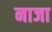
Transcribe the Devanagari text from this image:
नाजा